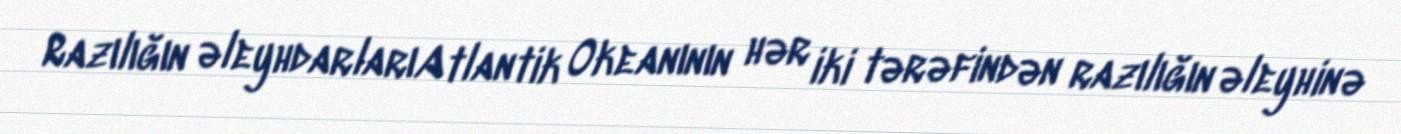
Razılığın əleyhdarlarıAtlantik Okeanının hər iki tərəfindən razılığın əleyhinə